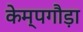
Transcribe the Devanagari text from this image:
केम्पगौड़ा